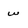
Character: w